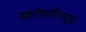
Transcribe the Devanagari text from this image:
स्कॉलरशिपमुळे